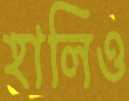
হালিও